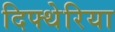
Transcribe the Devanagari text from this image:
दिफ्थेरिया